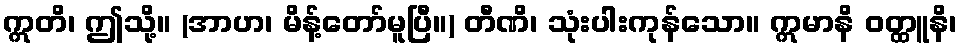
ဣတိ၊ ဤသို့။ (အာဟ၊ မိန့်တော်မူပြီ။) တီဏိ၊ သုံးပါးကုန်သော။ ဣမာနိ ဝတ္ထူနိ၊